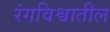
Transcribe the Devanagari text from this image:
रंगविश्वातील